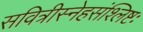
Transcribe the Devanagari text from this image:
सवित्रीस्नेहसंश्लिष्टः